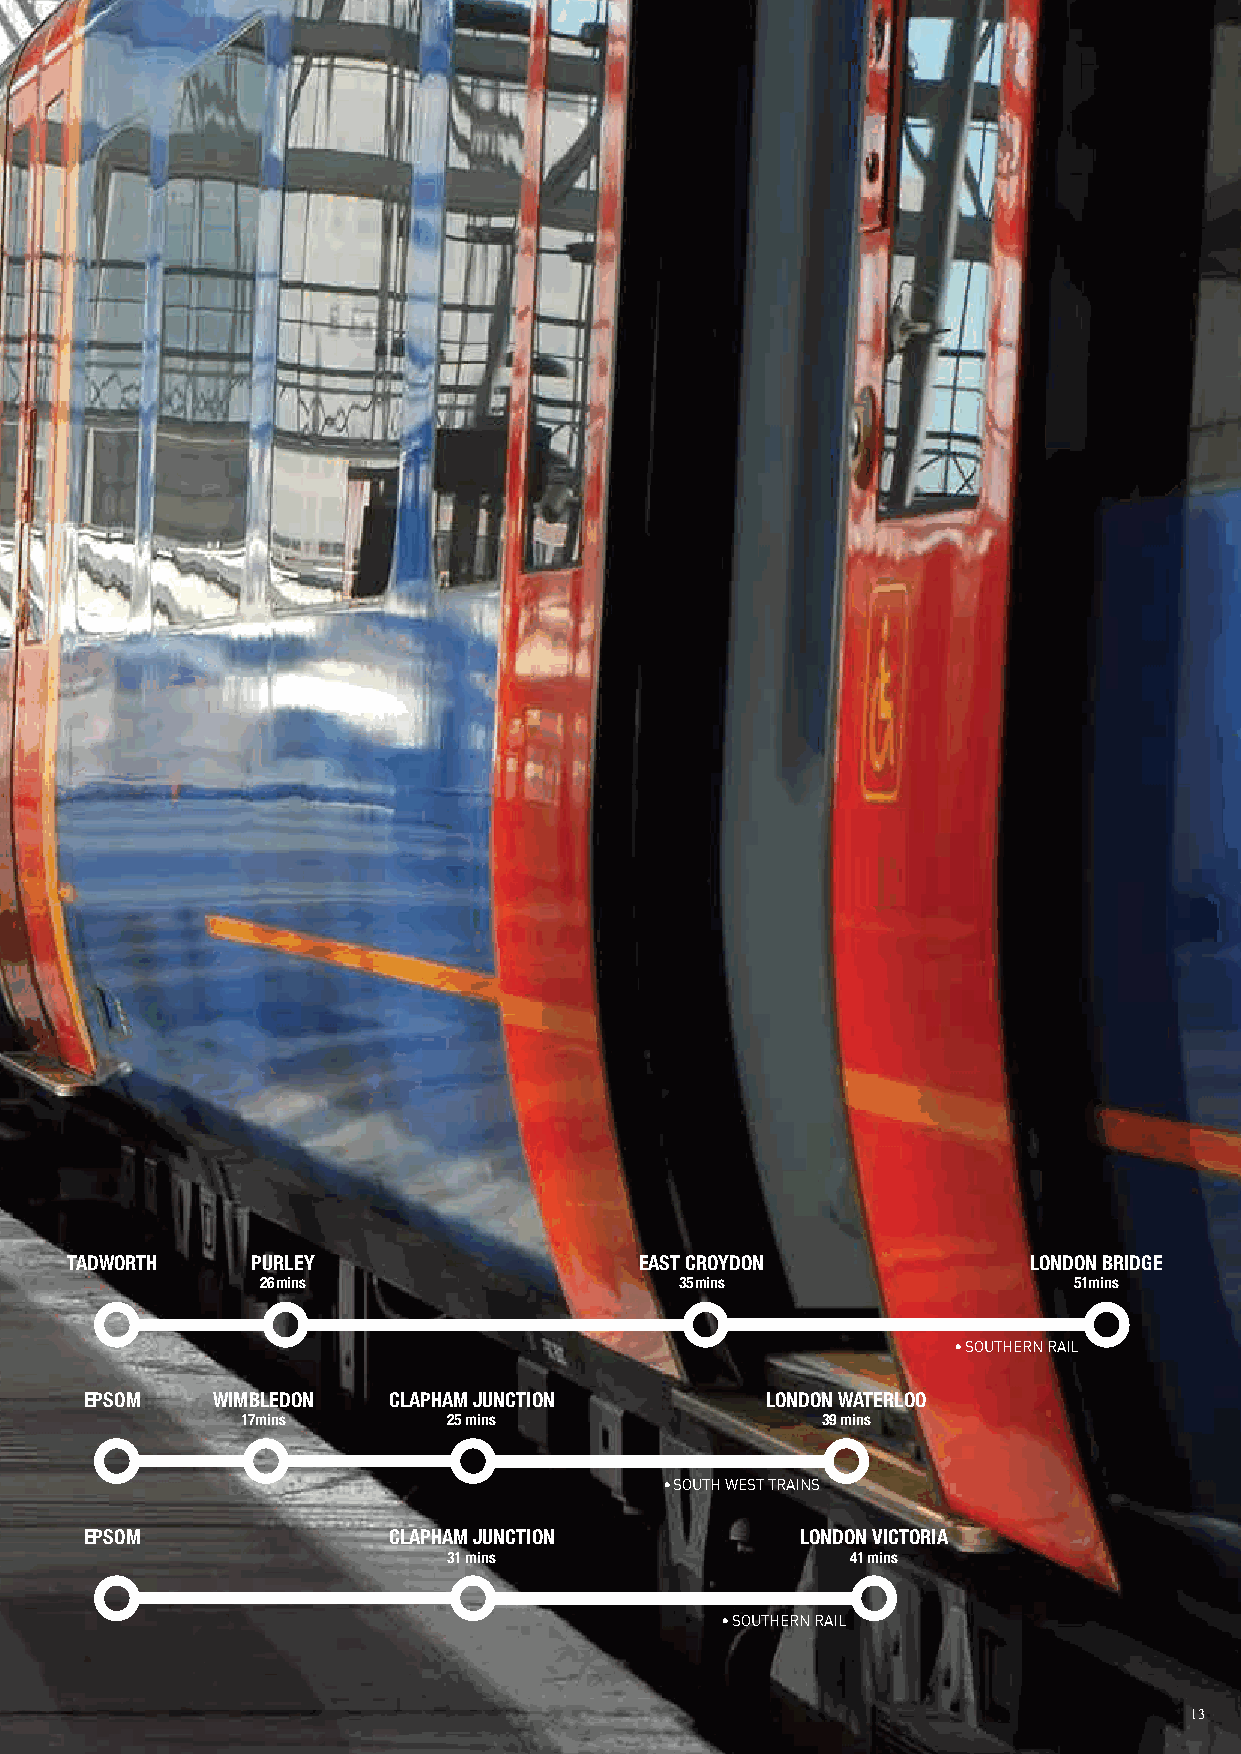
TTAADDWWOORRTTHH PPUURRLLEEYY         EEAASSTT CCRROOYYDDOONN   LLOONNDDOONN BBRRIIDDGGEE
 2266mmiinnss                3355mmiinnss              5511mmiinnss
 •• SSOOUUTTHHEERRNN RRAAIILL
 EEPPSSOOMM WWIIMMBBLLEEDDOONN CCLLAAPPHHAAMM JJUUNNCCTTIIOONN LLOONNDDOONN WWAATTEERRLLOOOO
 1177mmiinnss  2255 mmiinnss           3399 mmiinnss
 •• SSOOUUTTHH WWEESSTT TTRRAAIINNSS
 EEPPSSOOMM          CCLLAAPPHHAAMM JJUUNNCCTTIIOONN LLOONNDDOONN VVIICCTTOORRIIAA
 3311 mmiinnss             4411 mmiinnss
 •• SSOOUUTTHHEERRNN RRAAIILL
 13